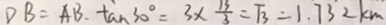
D B = A B \cdot \tan 3 0 ^ { \circ } = 3 \times \frac { \sqrt { 3 } } { 3 } = \sqrt { 3 } = 1 . 7 3 2 k m